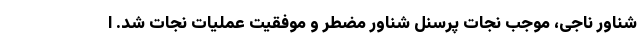
شناور ناجی، موجب نجات پرسنل شناور مضطر و موفقیت عملیات نجات شد. ا